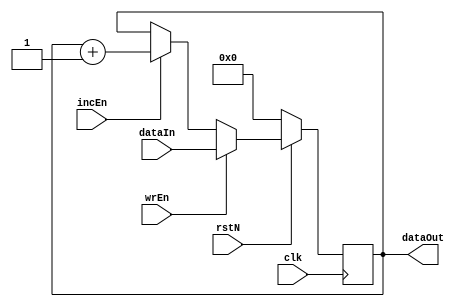
module incRegister 
#(parameter WIDTH = 12 )  //default size of a register is 12
(
    input [WIDTH-1:0]dataIn,
    input wrEn,rstN,clk,incEn,
    output [WIDTH-1:0]dataOut
);

reg [WIDTH-1:0]value;

always @(posedge clk) begin
    if (~rstN)
        value <= 0;
    else if (wrEn)
        value <= dataIn;
    else if (incEn)
        value <= value + 1'b1;
end

assign dataOut = value;

endmodule